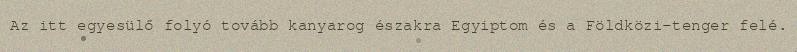
Az itt egyesülő folyó tovább kanyarog északra Egyiptom és a Földközi-tenger felé.